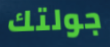
جولتك